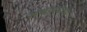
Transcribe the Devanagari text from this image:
सभाप्रवेशम्